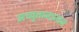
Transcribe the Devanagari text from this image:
अच्युतानान्तन